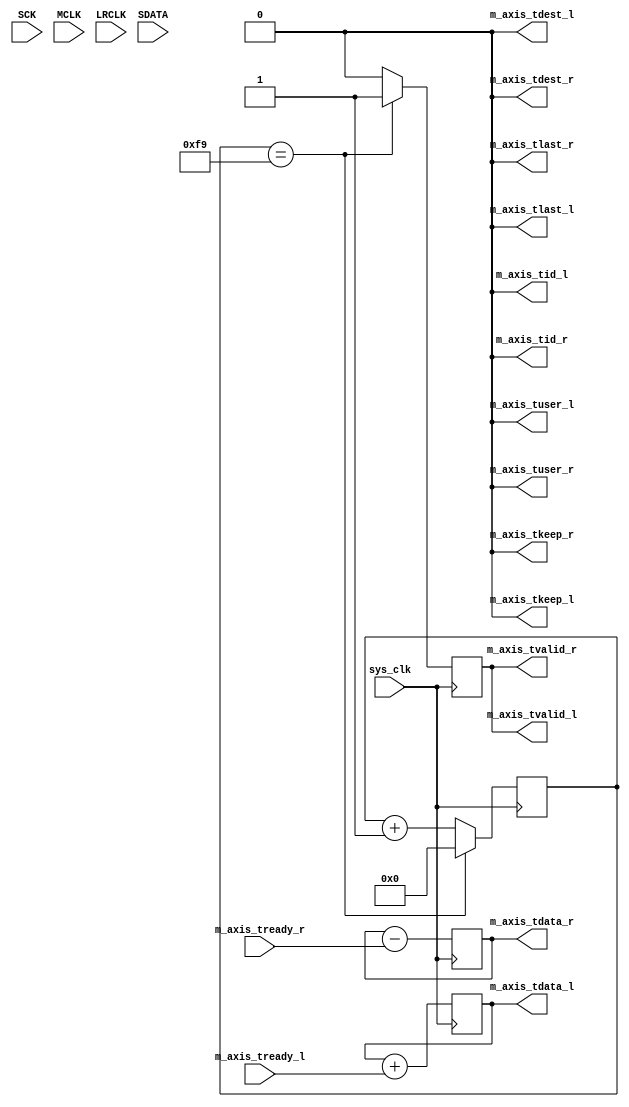
module i2s_placeholder (
	input wire sys_clk,

	input wire SCK,
	input wire MCLK,
	input wire LRCLK,
	input wire SDATA,

	output wire [7:0] m_axis_tdata_l,
    output wire m_axis_tkeep_l,
    output wire m_axis_tvalid_l,
    output wire m_axis_tlast_l,
    output wire m_axis_tid_l,
    output wire m_axis_tdest_l,
    output wire m_axis_tuser_l,
    input wire m_axis_tready_l,

	output wire [7:0] m_axis_tdata_r,
    output wire m_axis_tkeep_r,
    output wire m_axis_tvalid_r,
    output wire m_axis_tlast_r,
    output wire m_axis_tid_r,
    output wire m_axis_tdest_r,
    output wire m_axis_tuser_r,
    input wire m_axis_tready_r

);
reg [7:0] l_data = 8'd1;
reg [7:0] r_data = 8'd255;

reg [7:0] divider_48k = 8'd0;
reg sample_tick = 1'b0;

assign m_axis_tdata_l = l_data;
assign m_axis_tdata_r = r_data;

assign m_axis_tkeep_l = 1'b0;
assign m_axis_tvalid_l = sample_tick;
assign m_axis_tlast_l = 1'b0;
assign m_axis_tuser_l = 1'b0;
assign m_axis_tid_l = 1'b0;
assign m_axis_tdest_l = 1'b0;

assign m_axis_tkeep_r = 1'b0;
assign m_axis_tvalid_r = sample_tick;
assign m_axis_tlast_r = 1'b0;
assign m_axis_tuser_r = 1'b0;
assign m_axis_tid_r = 1'b0;
assign m_axis_tdest_r = 1'b0;

always @(posedge sys_clk) begin
	sample_tick <= 1'b0;
	divider_48k <= divider_48k + 8'd1;
	if (divider_48k == 8'd249) begin
		sample_tick <= 1'b1;
		divider_48k <= 8'd0;
	end
end
always @(posedge sys_clk) begin
	l_data <= l_data + m_axis_tready_l;
	r_data <= r_data - m_axis_tready_r;
end

endmodule